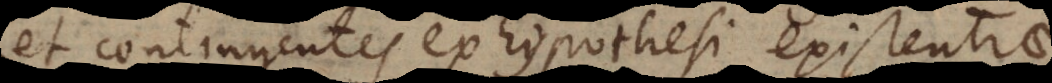
et contingentes ex hypothesi existentiae